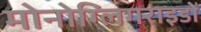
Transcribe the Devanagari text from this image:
मोनोग्लिगराइडों